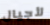
لأجيال